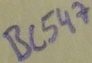
Text: BC547